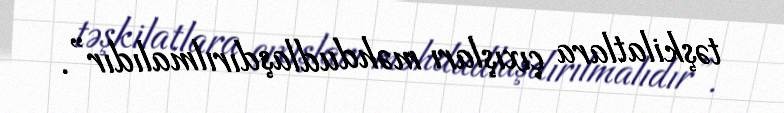
təşkilatlara çıxışları məhdudlaşdırılmalıdır”.